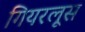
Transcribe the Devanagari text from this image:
गियरलूस